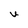
Character: U